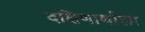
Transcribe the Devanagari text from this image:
दक्षिणार्थाला